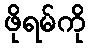
ဖိုရမ်ကို